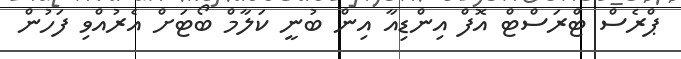
ޕްރެސް ޓްރަސްޓް އޮފް އިންޑިއާ އިން ބުނީ ކަލާމް ބޯޓަށް އެރުއްވި ފަހުން